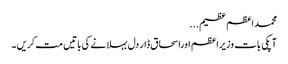
محمداعظم عظیم...
آپکی بات وزیراعظم اوراسحاق ڈار دل بہلانے کی باتیں مت کریں ۔